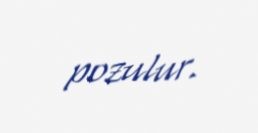
pozulur.